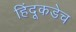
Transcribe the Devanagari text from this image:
हिंदूकडेच